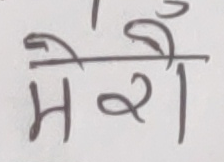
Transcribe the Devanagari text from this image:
मेरै